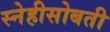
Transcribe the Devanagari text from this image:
स्नेहीसोबती